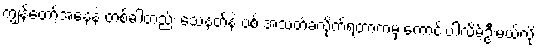
ကျွန်တော့်အနေနဲ့ တစ်ခါတည်း သေနတ်နဲ့ ပစ် အသတ်ခံလိုက်ရတာကမှ ကောင်းပါလိမ့်ဦးမယ်လို့